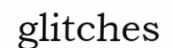
glitches